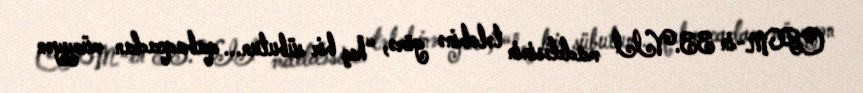
CPM-in 33.VII maddəsinin tələbinə görə, “heç bir sübutun... qabaqcadan müəyyən